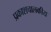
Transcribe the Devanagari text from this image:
प्रकाशचालकीय